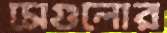
সেগুলোর